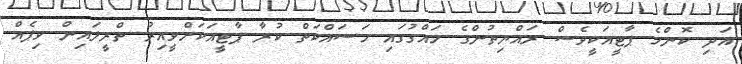
އަދި ކޮންމެ ޕާޓީއަކީވެސް ރައްޔިތުންގެ ހައްގުގައި މަސައްކަތް ކުރާ ޕާޓީއަކަށްވީއިރު ތްރީލައިން ވިޕެއް